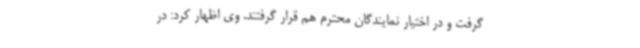
گرفت و در اختیار نمایندگان محترم هم قرار گرفتند. وی اظهار کرد: در